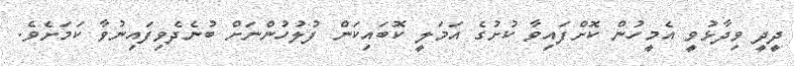
ދީދީ ވިދާޅުވީ އެމީހުން ކޮށްފައިވާ ކުށުގެ އަމަލީ ކޮބައިކަން ފުލުހުންނަށް ބުނެދެވިފައިނުވާ ކަމަށެވެ.